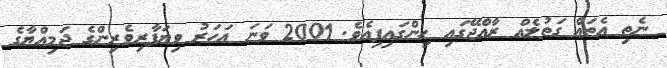
ނެތި އެތައް ގަތުލެއް ރާއްޖޭގައި ހިންގައިފިއެވެ. 2001 ވަނަ އަހަރު ވިޔަފާރިވެރިންގެ ޖަމިއްޔާގެ